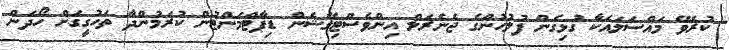
ކުރެވޭ މައްސަލައަކާ ގުޅިގެން ފުލުހުންގެ ޖެނެރަލް އިންވެސްޓިގޭޝަން ޑިޕާޓްމަންޓުން ކުރަމުންދާ ތަހުގީގަށް ހޯދަން